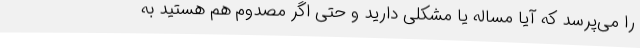
را می‌پرسد که آیا مساله یا مشکلی دارید و حتی اگر مصدوم هم هستید به